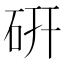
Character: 硏